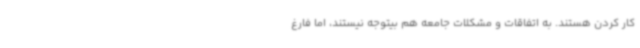
کار کردن هستند. به اتفاقات و مشکلات جامعه هم بیتوجه نیستند، اما فارغ